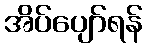
အိပ်ပျော်ရန်